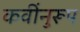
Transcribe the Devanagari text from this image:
कवींनुरूप